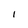
Character: I